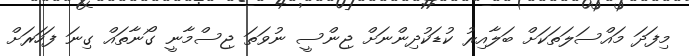
މިފަދަ މައްސަލަތަކަށް ބަލާއިރު ކުޑަކުދިންނަށް ޖިންސީ ނުވަތަ ޖިސްމާނީ ގޯނާތައް ގިނަ ފަހަރަށް